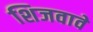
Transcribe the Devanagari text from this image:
शिजवावे